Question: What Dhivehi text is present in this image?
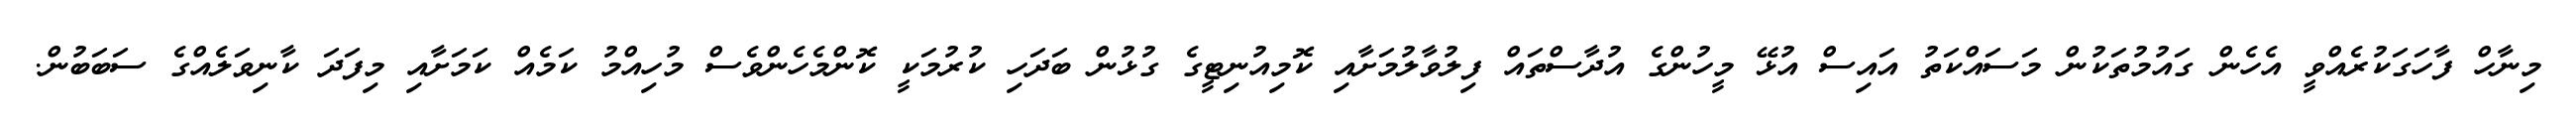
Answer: މިނާހް ފާހަގަކުރެއްވީ އެހެން ގައުމުތަކުން މަސައްކަތު އައިސް އުޅޭ މީހުންގެ އުދާސްތައް ފިލުވާލުމަށާއި ކޮމިއުނިޓީގެ ގުޅުން ބަދަހި ކުރުމަކީ ކޮންމެހެންވެސް މުހިއްމު ކަމެއް ކަމަށާއި މިފަދަ ކާނިވަލެއްގެ ސަބަބުން.